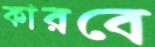
কারবে